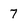
Character: 7